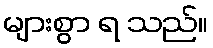
များစွာ ရ သည်။